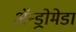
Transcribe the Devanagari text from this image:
अॅन्ड्रोमेडा